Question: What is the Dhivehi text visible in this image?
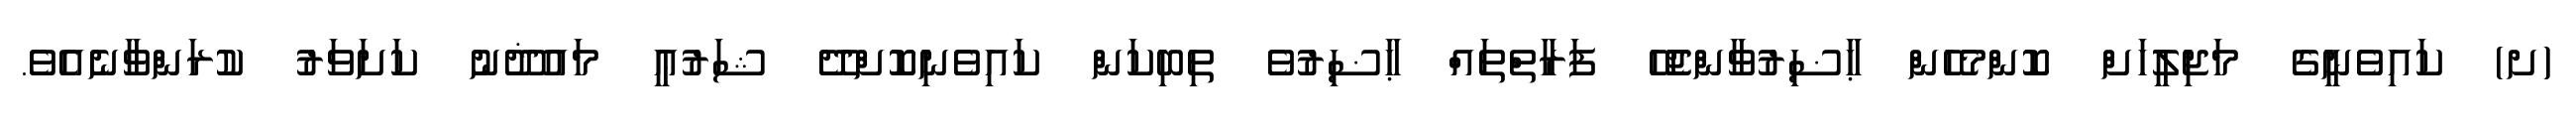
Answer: (ށ) ކައިވެނީގެ މަޖިލީހަށް ކޮންމެހެން ޙާޟިރުވާންޖެހޭ ފަރާތްތައް ޙާޟިރުވެ ތިބިކަން ކައިވެނިކޮށްދޭ ޝަރުޢީ މައުޛޫނު ކަށަވަރު ކުރަންވާނެއެވެ.